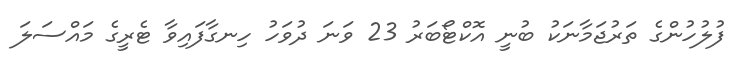
ފުލުހުންގެ ތަރުޖަމާނަކު ބުނީ އޮކްޓޯބަރު 23 ވަނަ ދުވަހު ހިނގާފައިވާ ޓެރީގެ މައްސަލަ